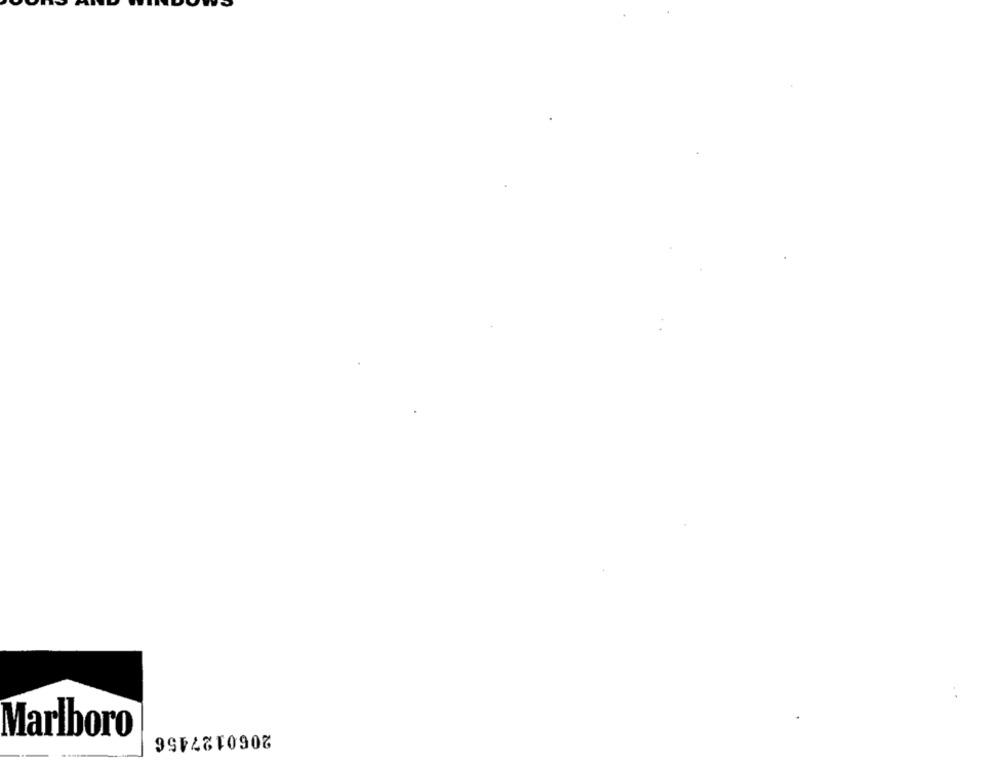
Marlboro
2060127456